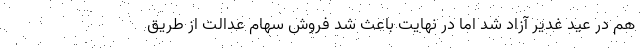
هم در عید غدیر آزاد شد اما در نهایت باعث شد فروش سهام عدالت از طریق